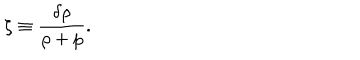
\zeta \equiv \frac { \delta \rho } { \rho + p } .